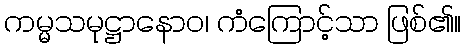
ကမ္မသမုဋ္ဌာနောဝ၊ ကံကြောင့်သာ ဖြစ်၏။